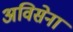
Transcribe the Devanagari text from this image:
अविसेना